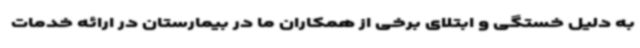
به دلیل خستگی و ابتلای برخی از همکاران ما در بیمارستان در ارائه خدمات